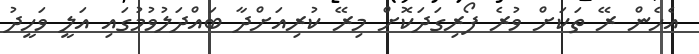
އެހެން ރޭ ތަކަށް ވުރެ ފޯރިގަދަކޮށް މިރޭ ކުރިއަށްދާ ބައްދަލުވުމުގައި އަލީ ވަހީދު